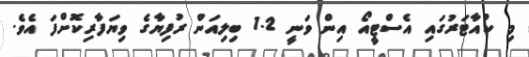
މި ކުއާޓަރުގައި އެސްޓީއޯ އިން ވަނީ 1.2 ބިލިއަން ރުފިޔާގެ ވިޔަފާރިކޮށްފަ އެވެ.